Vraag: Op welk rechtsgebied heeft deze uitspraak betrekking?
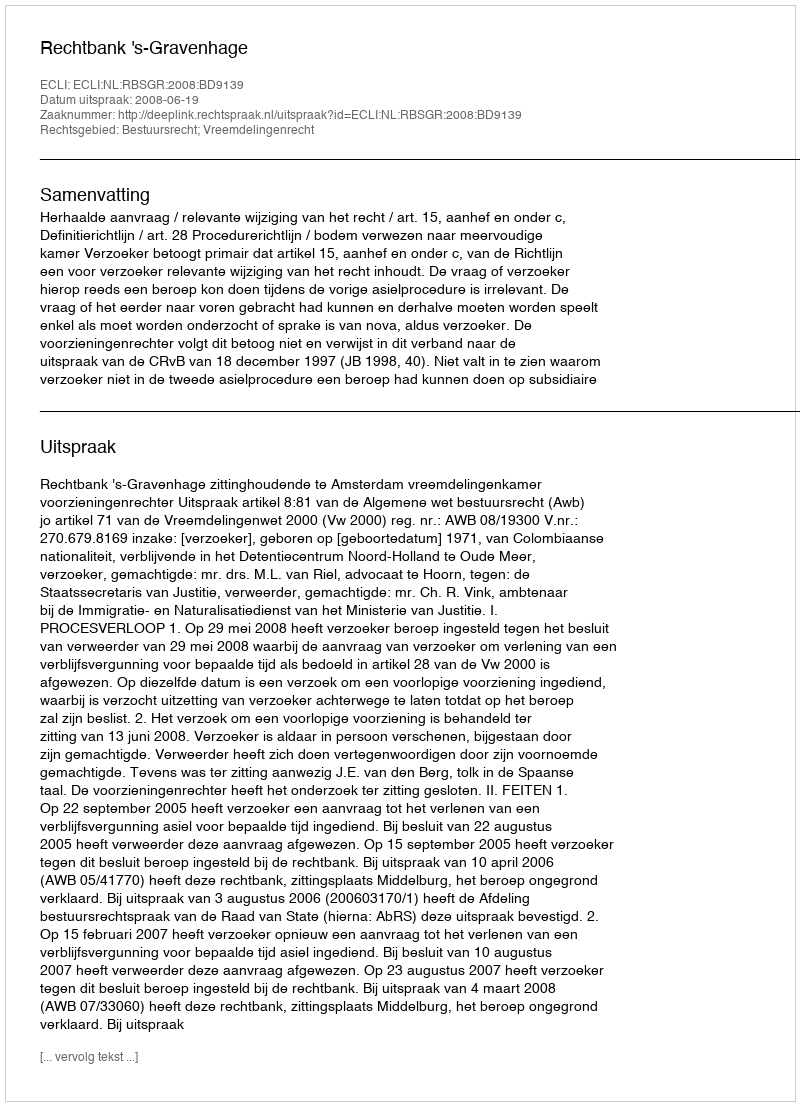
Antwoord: Bestuursrecht; Vreemdelingenrecht